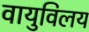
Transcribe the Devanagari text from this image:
वायुविलय